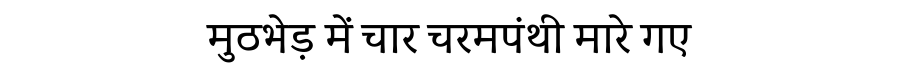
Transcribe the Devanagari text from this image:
मुठभेड़ में चार चरमपंथी मारे गए